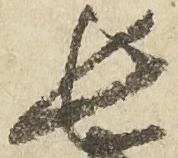
長